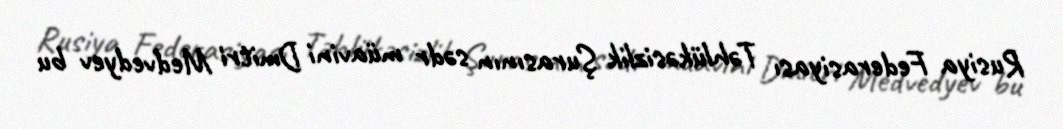
Rusiya Federasiyası Təhlükəsizlik Şurasının sədr müavini Dmitri Medvedyev bu